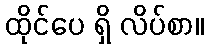
ထိုင်ပေ ရှိ လိပ်စာ။